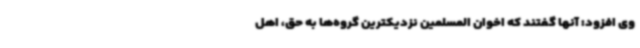
وی افزود: آنها گفتند که اخوان المسلمین نزدیکترین گروه‌ها به حق، اهل